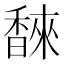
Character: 𮩩